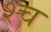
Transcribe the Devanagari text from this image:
श्‍च